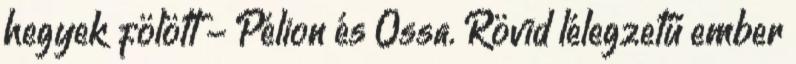
hegyek fölött - Pélion és Ossa. Rövid lélegzetű ember